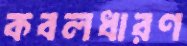
কবলধারণ